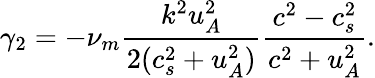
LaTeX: \gamma_{2}=-\nu_{m}\frac{k^{2}u_{A}^{2}}{2(c_{s}^{2}+u_{A}^{2})}\frac{c^{2}-c_{s}^{2}}{c^{2}+u_{A}^{2}}.